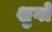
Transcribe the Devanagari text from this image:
शुगों